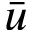
\bar { u }